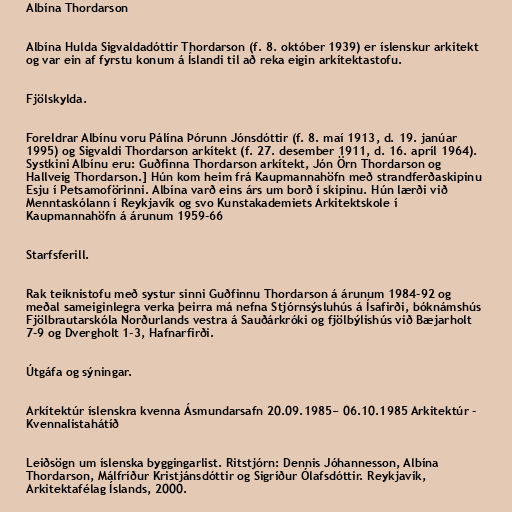
Albína Thordarson

Albína Hulda Sigvaldadóttir Thordarson (f. 8. október 1939) er íslenskur arkítekt
og var ein af fyrstu konum á Íslandi til að reka eigin arkítektastofu.

Fjölskylda.

Foreldrar Albínu voru Pálína Þórunn Jónsdóttir (f. 8. maí 1913, d. 19. janúar
1995) og Sigvaldi Thordarson arkítekt (f. 27. desember 1911, d. 16. apríl 1964).
Systkini Albínu eru: Guðfinna Thordarson arkítekt, Jón Örn Thordarson og
Hallveig Thordarson.] Hún kom heim frá Kaupmannahöfn með strandferðaskipinu
Esju í Petsamoförinni. Albína varð eins árs um borð í skipinu. Hún lærði við
Menntaskólann í Reykjavík og svo Kunstakademiets Arkitektskole í
Kaupmannahöfn á árunum 1959-66

Starfsferill.

Rak teiknistofu með systur sinni Guðfinnu Thordarson á árunum 1984-92 og
meðal sameiginlegra verka þeirra má nefna Stjórnsýsluhús á Ísafirði, bóknámshús
Fjölbrautarskóla Norðurlands vestra á Sauðárkróki og fjölbýlishús við Bæjarholt
7-9 og Dvergholt 1-3, Hafnarfirði.

Útgáfa og sýningar.

Arkítektúr íslenskra kvenna Ásmundarsafn 20.09.1985− 06.10.1985 Arkitektúr -
Kvennalistahátíð

Leiðsögn um íslenska byggingarlist. Ritstjórn: Dennis Jóhannesson, Albína
Thordarson, Málfríður Kristjánsdóttir og Sigríður Ólafsdóttir. Reykjavík,
Arkitektafélag Íslands, 2000.